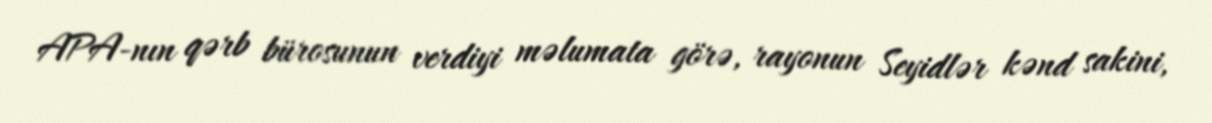
APA-nın qərb bürosunun verdiyi məlumata görə, rayonun Seyidlər kənd sakini,